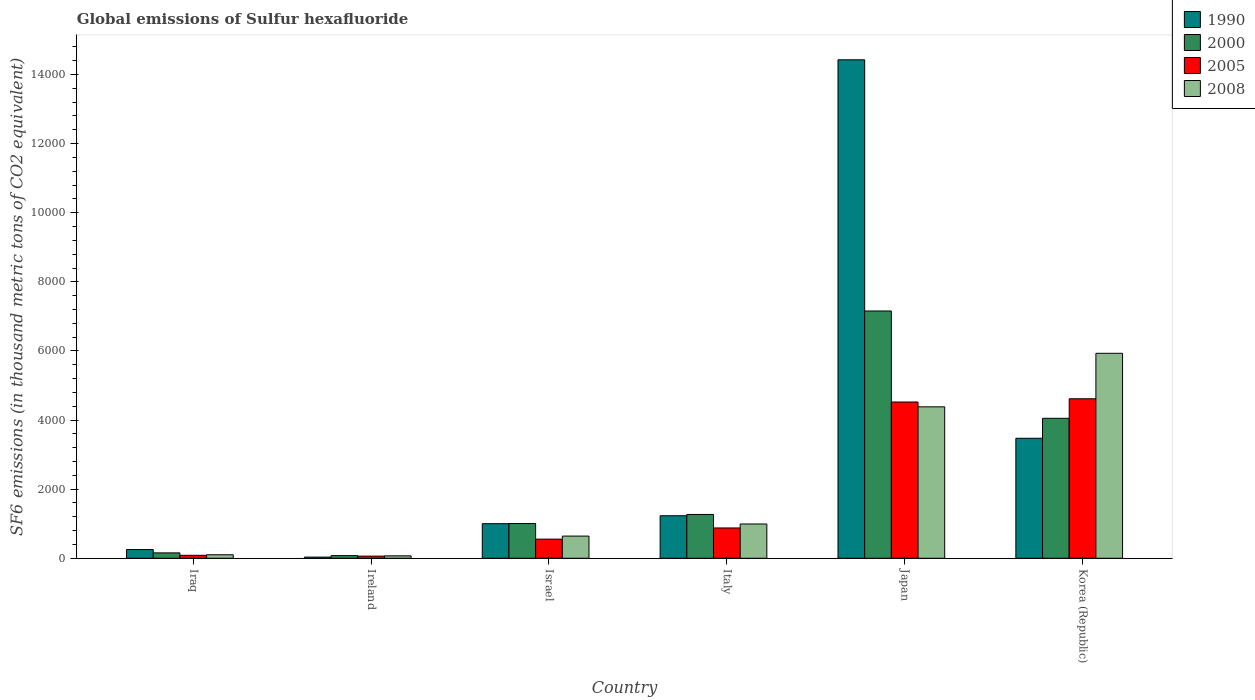
| Country | 1990 | 2000 | 2005 | 2008 |
 | --- | --- | --- | --- | --- |
 | Iraq | 253 | 156 | 86 | 102 |
 | Ireland | 33.8 | 76.5 | 61.8 | 69.9 |
 | Israel | 1e+03 | 1.01e+03 | 554 | 642 |
 | Italy | 1.23e+03 | 1.27e+03 | 877 | 992 |
 | Japan | 1.44e+04 | 7.16e+03 | 4.52e+03 | 4.38e+03 |
 | Korea (Republic) | 3.47e+03 | 4.05e+03 | 4.62e+03 | 5.93e+03 |